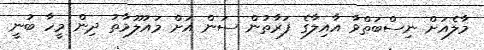
މާލެއަށް ނިސްބަތްވާ އާއިލާގެ ފަރާތުން ސަން އަށް މައުލޫމާތު ދިން މީހާ ބުނީ